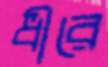
ধীরে